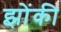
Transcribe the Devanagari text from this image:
झोंकी